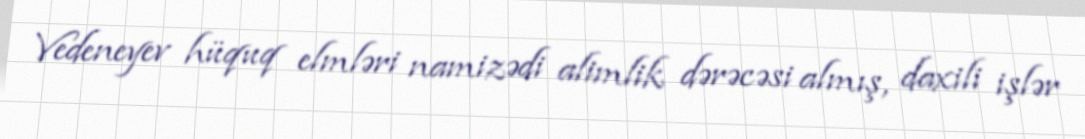
Vedeneyev hüquq elmləri namizədi alimlik dərəcəsi almış, daxili işlər